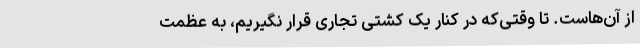
از آن‌هاست. تا وقتی‌که در کنار یک کشتی تجاری قرار نگیریم، به عظمت